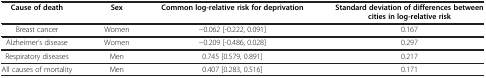
<table><thead><tr><td><b>Cause of death</b></td><td><b>Sex</b></td><td><b>Common log-relative risk for deprivation</b></td><td><b>Standard deviation of differences between cities in log-relative risk</b></td></tr></thead><tbody><tr><td>Breast cancer</td><td>Women</td><td>-0.062 [-0.222, 0.091]</td><td>0.167</td></tr><tr><td>Alzheimer’s disease</td><td>Women</td><td>-0.209 [-0.486, 0.028]</td><td>0.297</td></tr><tr><td>Respiratory diseases</td><td>Men</td><td>0.745 [0.579, 0.891]</td><td>0.217</td></tr><tr><td>All causes of mortality</td><td>Men</td><td>0.407 [0.283, 0.516]</td><td>0.171</td></tr></tbody></table>